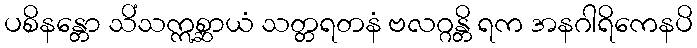
ပစိနန္တော သိံသဣစ္ဆာယံ သတ္တရတနံ ဗလဂ္ဂန္တိ ရက အနဂါရိကေနပိ